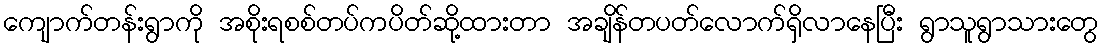
ကျောက်တန်းရွာကို အစိုးရစစ်တပ်ကပိတ်ဆို့ထားတာ အချိန်တပတ်လောက်ရှိလာနေပြီး ရွာသူရွာသားတွေ